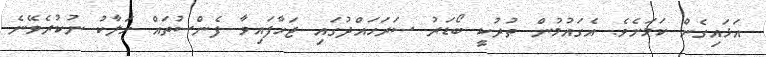
އަޅައިގެން ކަމަށެވެ. އެގައުމުން ތުރުކީ ބޯޑަރު ސަރަހައްދުގައި ޖަހާފައިވާ ފެންސުތައް ހަލާކު ނުކުރެވޭނެ